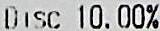
DISC 10.00%